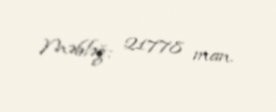
Məbləğ: 21778 man.